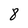
Character: 8